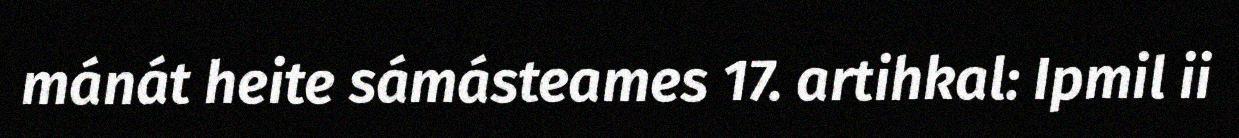
mánát heite sámásteames 17. artihkal: Ipmil ii